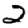
Digit: 2